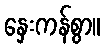
နှေးကန်စွာ။